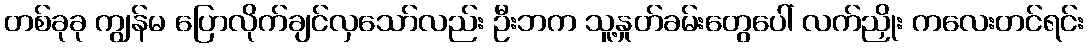
တစ်ခုခု ကျွန်မ ပြောလိုက်ချင်လှသော်လည်း ဦးဘက သူ့နှုတ်ခမ်းတွေပေါ် လက်ညှိုး ကလေးတင်ရင်း